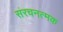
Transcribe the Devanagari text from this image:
संरचनत्मक